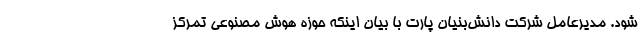
شود. مدیرعامل شرکت دانش‌بنیان پارت با بیان اینکه حوزه هوش مصنوعی تمرکز